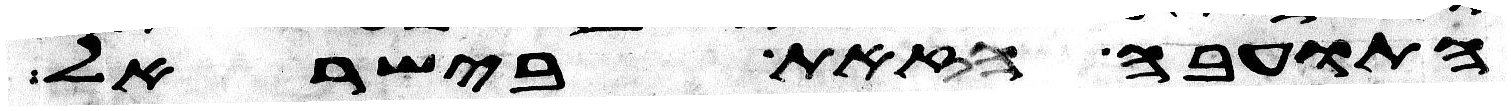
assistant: התועבה הזאת בישראל